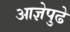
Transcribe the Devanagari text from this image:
आज्ञेपुढे